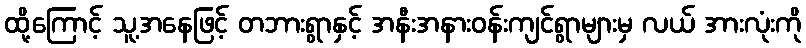
ထို့ကြောင့် သူ့အနေဖြင့် တဘားရွာနှင့် အနီးအနားဝန်းကျင်ရွာများမှ လယ် အားလုံးကို